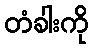
တံခါးကို